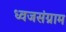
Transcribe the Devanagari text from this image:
ध्वजसंग्राम